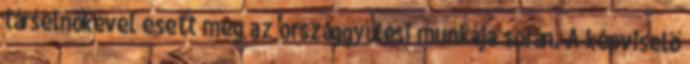
társelnökével esett meg az országgyűlési munkája során. A képviselő